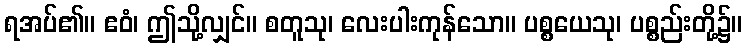
ရအပ်၏။ ဧဝံ၊ ဤသို့လျှင်။ စတူသု၊ လေးပါးကုန်သော။ ပစ္စယေသု၊ ပစ္စည်းတို့၌။